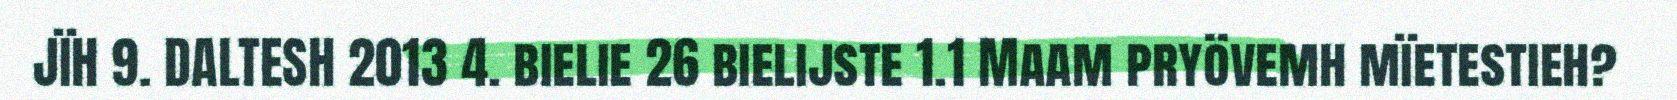
JÏH 9. DALTESH 2013 4. bielie 26 bielijste 1.1 Maam pryövemh mïetestieh?